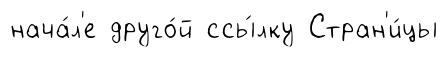
нача́л'е друго́й ссы́лку Стран'и́цы